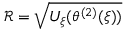
{ \mathcal R } = \sqrt { U _ { \xi } ( \theta ^ { ( 2 ) } ( \xi ) ) }